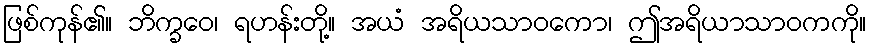
ဖြစ်ကုန်၏။ ဘိက္ခဝေ၊ ရဟန်းတို့။ အယံ အရိယသာဝကော၊ ဤအရိယာသာဝကကို။